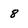
Character: 8